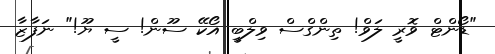
"ޑޯންޓް ވޮރީ ލަވް! ތިންގްސް ވިލްބީ އޯކޭ ސޫން! ސީ ޔޫ!" ނަފާޒާ